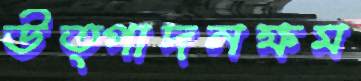
উত্পাদনক্ষম